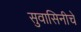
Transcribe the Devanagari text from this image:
सुवासिनीचे